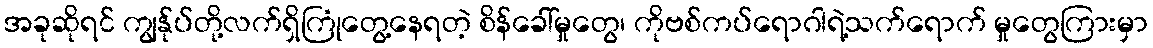
အခုဆိုရင် ကျွန်ုပ်တို့လက်ရှိကြုံတွေ့နေရတဲ့ စိန်ခေါ်မှုတွေ၊ ကိုဗစ်ကပ်ရောဂါရဲ့သက်ရောက် မှုတွေကြားမှာ